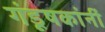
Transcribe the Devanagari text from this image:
गंडूषकांनीं